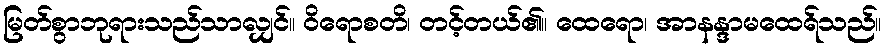
မြတ်စွာဘုရားသည်သာလျှင်။ ဝိရောစတိ၊ တင့်တယ်၏။ ထေရော၊ အာနန္ဒာမထေရ်သည်။